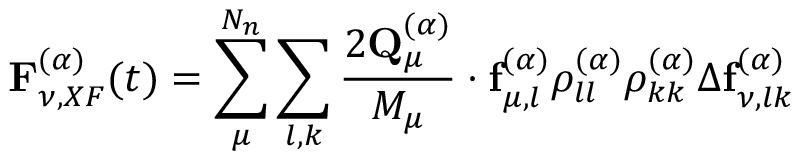
\mathbf { F } _ { \nu , X F } ^ { ( \alpha ) } ( t ) = \sum _ { \mu } ^ { N _ { n } } \sum _ { l , k } \frac { 2 \mathbf { Q } _ { \mu } ^ { ( \alpha ) } } { M _ { \mu } } \cdot \mathbf { f } _ { \mu , l } ^ { ( \alpha ) } \rho _ { l l } ^ { ( \alpha ) } \rho _ { k k } ^ { ( \alpha ) } \Delta \mathbf { f } _ { \nu , l k } ^ { ( \alpha ) }